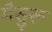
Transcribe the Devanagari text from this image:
मैसुरू